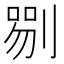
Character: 𠞍